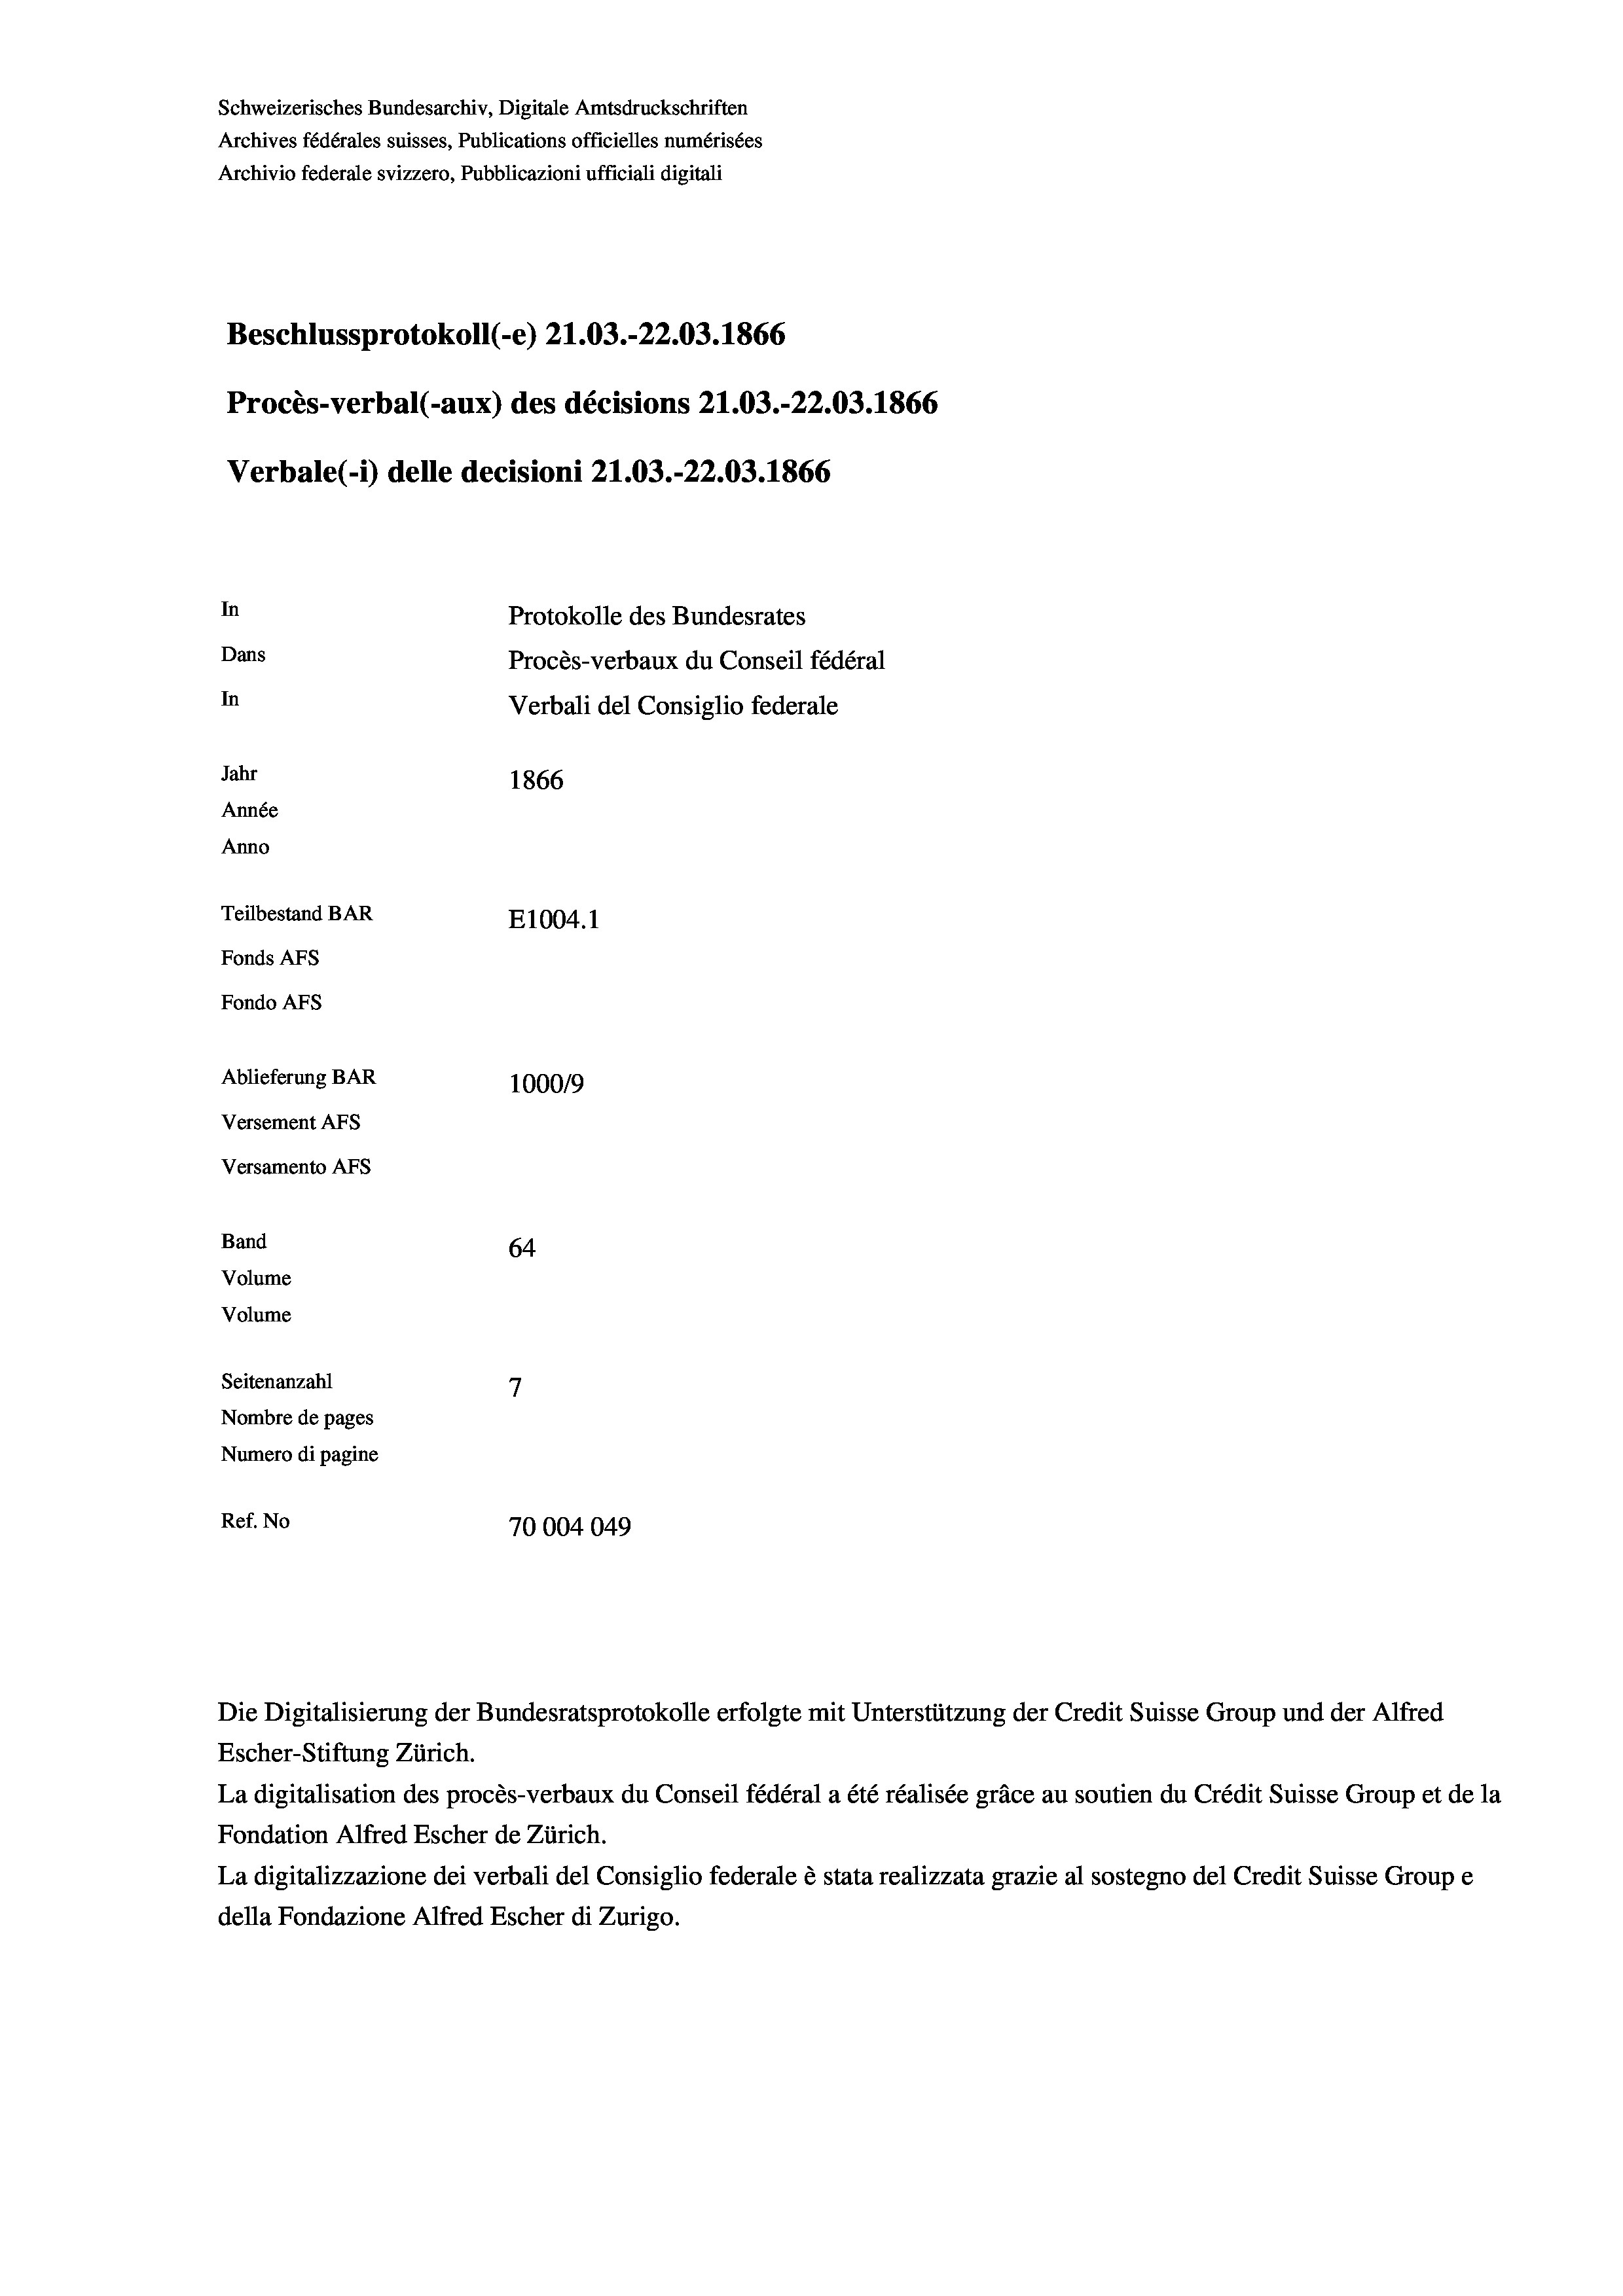
Schweizerisches Bundesarchiv, Digitale Amtsdruckschriften
Archives fédérales suisses, Publications officielles numérisées
Archivio federale svizzero, Pubblicazioni ufficiali digitali
Beschlussprotokoll (-e) 21.03.-22.03. 1866
Procès-verbal (-aux) des décisions 21.03.-22.03. 1866
Verbale(*) delle decisioni 21.03.-22.03. 1866
In
Protokolle des Bundesrates
Dans
Procès-verbaux du Conseil fédéral
In
Verbali del Consiglio federale
Jahr
1866
Année
Anno
Teilbestand BAR
E1004. 1
Fonds AFs
Fondo Afs
Ablieferung BAR
100019
Versement AFs
Versamento Afs
Band
64
Volume
Volume

7
Seitenanzahl
Nombre de pages
Numero di pagine
Ref. No
70004049

Escher-Stiftung Zürich.
La digitalisation des procès-verbaux du Conseil fédéral a été réalisée gräce au soutien du Crédit Suisse Group et de la
Fondation Alfred Escher de Zürich.
La digitalizzazione dei verbali del Consiglio federale è stata realizzata grazie al sostegno del Credit Suisse Groupe
della Fondazione Alfred Escher di Zurigo.

Die Digitalisierung der Bundesratsprotokolle erfolgte mit Unterstützung der Credit Suisse Group und der Alfred